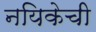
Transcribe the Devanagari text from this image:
नयिकेची